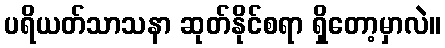
ပရိယတ်သာသနာ ဆုတ်နိုင်စရာ ရှိတော့မှာလဲ။